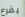
يقرع